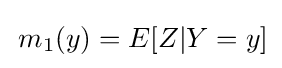
\,m_{1}(y)=E[Z|Y=y]